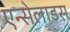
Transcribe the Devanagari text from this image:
एन्सेलाडस